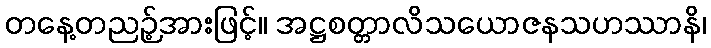
တနေ့တညဉ့်အားဖြင့်။ အဋ္ဌစတ္တာလိသယောဇနသဟဿာနိ၊